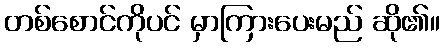
တစ်စောင်ကိုပင် မှာကြားပေးမည် ဆို၏။